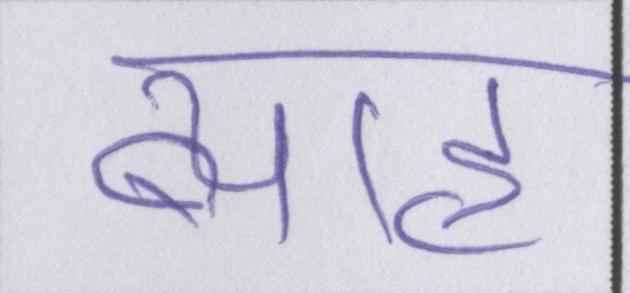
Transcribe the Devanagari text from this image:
ब्याह